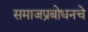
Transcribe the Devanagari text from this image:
समाजप्रबोधनचे